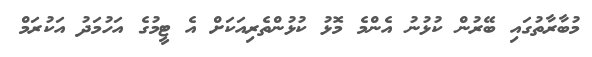
މުބާރާތުގައި ބޭރުން ކުޅުނު އެންމެ މޮޅު ކުޅުންތެރިއަކަށް އެ ޓީމުގެ އަހުމަދު އަކުރަމް